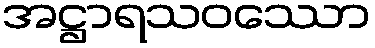
အဋ္ဌာရသဝဿော